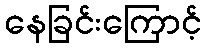
နေခြင်းကြောင့်